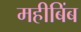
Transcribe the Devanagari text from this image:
महीबिंब